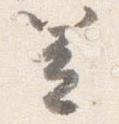
笠